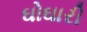
ઘોઘારી